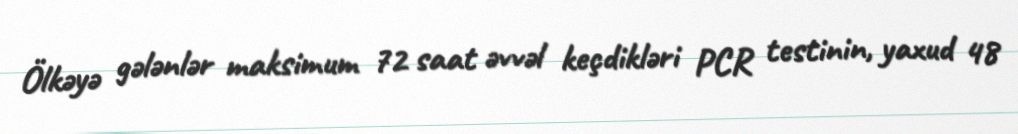
Ölkəyə gələnlər maksimum 72 saat əvvəl keçdikləri PCR testinin, yaxud 48